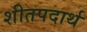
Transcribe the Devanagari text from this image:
शीतपदार्थ